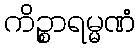
ကိဉ္စာရမ္မဏံ